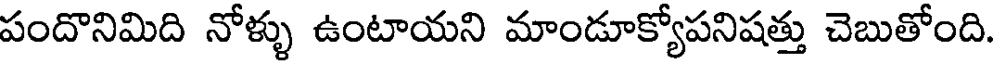
పందొనిమిది నోళ్ళు ఉంటాయని మాండూక్యోపనిషత్తు చెబుతోంది.